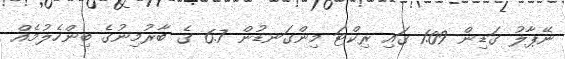
ނޭޕާލު ގަޑިން 1.09 ގައި ރިކްޓަ މިންގަނޑުން 6.7 ގެ ބާރުމިނުގެ ބިންހެލުމެއް